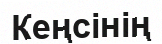
Кеңсінің